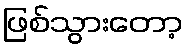
ဖြစ်သွားတော့